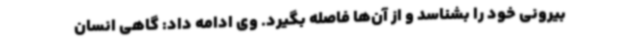
بیرونی خود را بشناسد و از آن‌ها فاصله بگیرد. وی ادامه داد: گاهی انسان